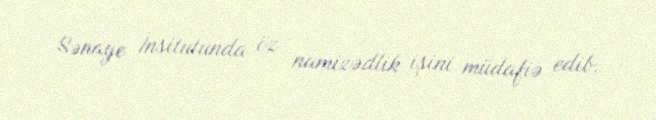
Sənaye İnsitutunda öz namizədlik işini müdafiə edib.